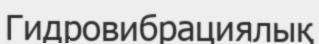
Гидровибрациялық